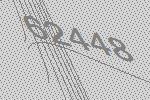
62448